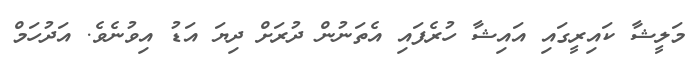
މަލީޝާ ކައިރީގައި އައިޝާ ހުރެފައި އެތަނުން ދުރަށް ދިޔަ އަޑު އިވުނެވެ. އަދުހަމް